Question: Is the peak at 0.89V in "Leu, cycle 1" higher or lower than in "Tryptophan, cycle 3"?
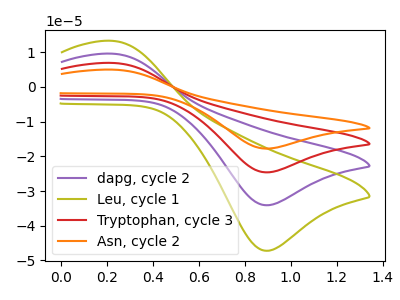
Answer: <think>The purple curve "dapg, cycle 2" has an anodic peak at (0.20V, 9.60uA) and a cathodic peak at (0.90V, -34.10uA). The olive curve "Leu, cycle 1" has an anodic peak at (0.20V, 13.30uA) and a cathodic peak at (0.90V, -47.20uA). The red curve "Tryptophan, cycle 3" has an anodic peak at (0.20V, 19.25uA) and a cathodic peak at (0.90V, -68.15uA). The orange curve "Asn, cycle 2" has an anodic peak at (0.20V, 28.85uA) and a cathodic peak at (0.90V, -102.25uA).</think>
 <answer>The peak at 0.89V is lower in "Leu, cycle 1" than in "Tryptophan, cycle 3".</answer>
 <eval>lower</eval>